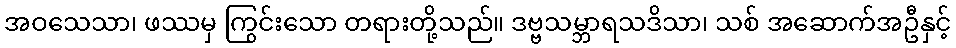
အဝသေသာ၊ ဖဿမှ ကြွင်းသော တရားတို့သည်။ ဒဗ္ဗသမ္ဘာရသဒိသာ၊ သစ် အဆောက်အဦနှင့်